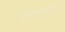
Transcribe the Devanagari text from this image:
संकलनित